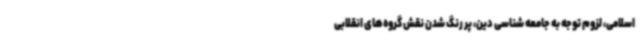
اسلامی، لزوم توجه به جامعه شناسی دین، پر رنگ شدن نقش گروه‌های انقلابی